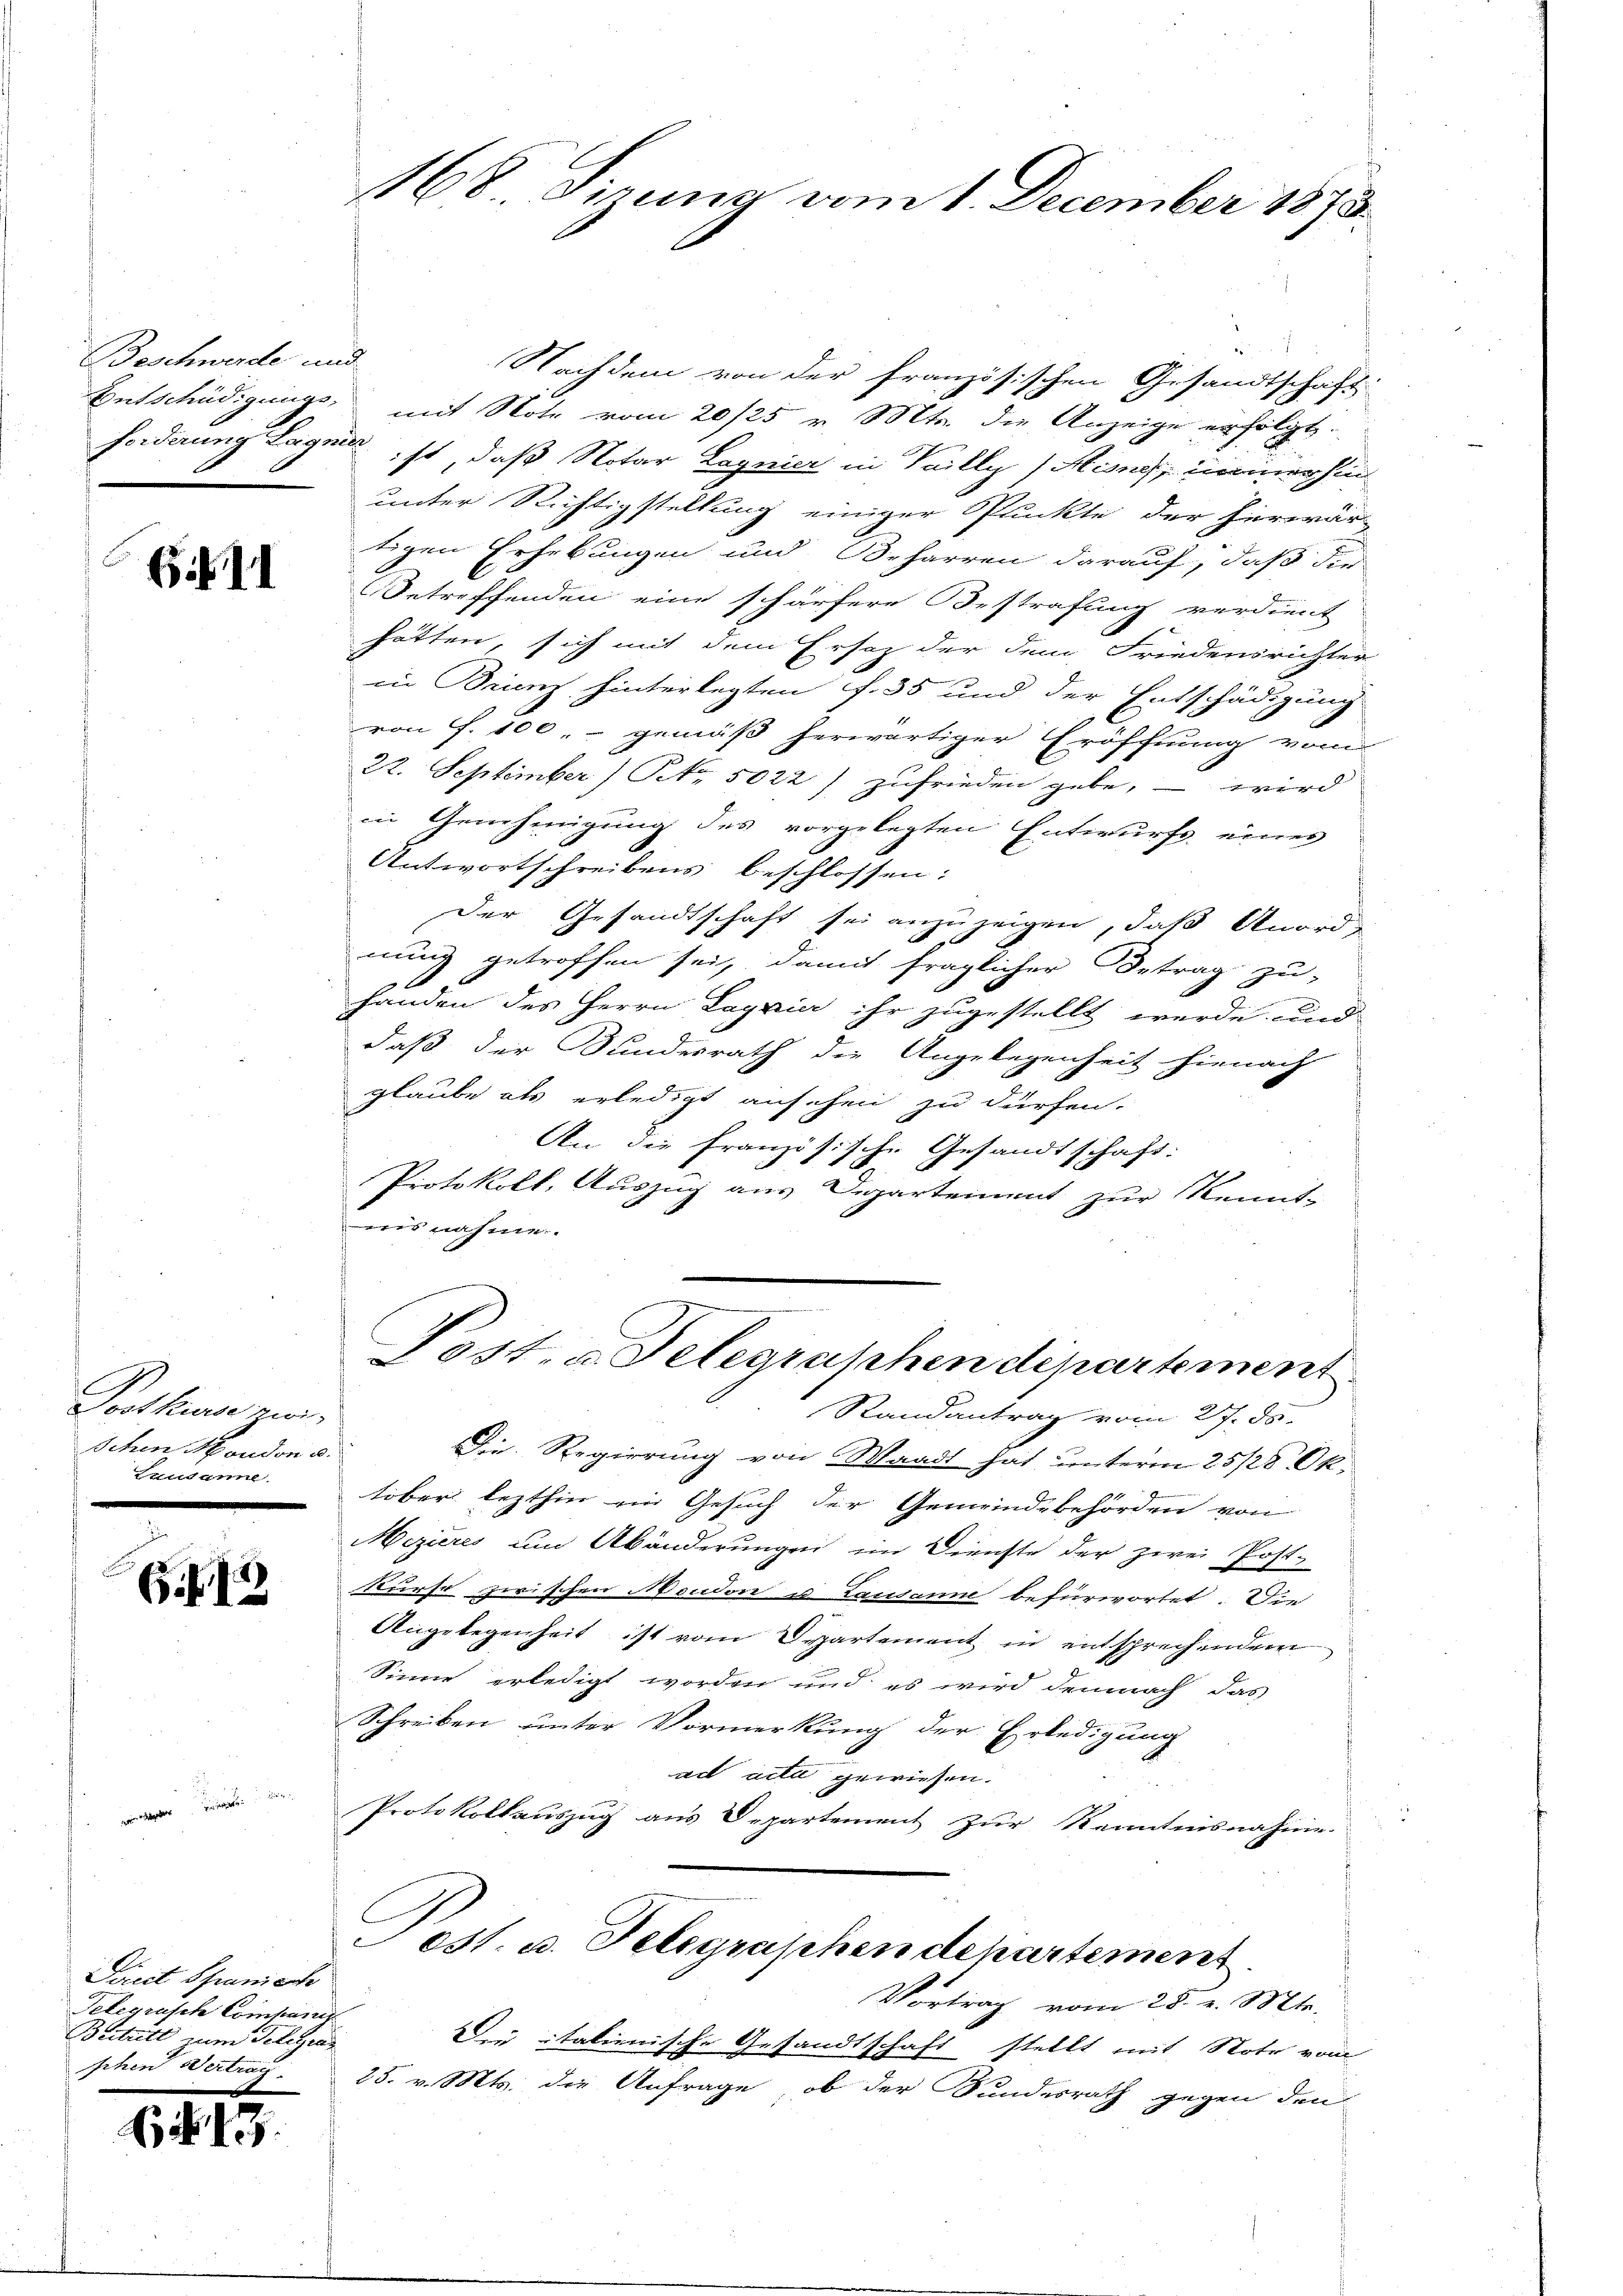
Beschwerde und

G.II

Posthier zwi
Schen Moudon u.
Luudame.
.

63

wegger eine an

Direct Spaniech
Telegrasche Companis
Beitritt zum Telegra
schen Vertrau

N. 13.

Nachdem von der französischen Gesandtschaft
Entschädigungs mit Note vom 20/25 v. Mts. die Anzeige erfolgt.
forderung Lage ist, daß Notar Lagnier in Vailly (Hises, immer hin
unter Richtigstellung einiger Pluckte der herwär-
tigen Erhebungen und Beharren darauf, daß die
Betreffenden eine schärfere Bestrafung verdient
hätten, sich mit dem Ersatz der dem Friedensrichter
in Brienz hinterlegten f. 35 und der Entschädigung
von f. 100, gemäß herwärtiger Eröffnung vom
22. September No. 5022) zufrieden gebe, – wird
in Genehmigung des vorgelegten Entwurfs eines
Antwortschreibens beschlossen:
Der Gesandtschaft sei anzuzeigen, daß Anordnung getroffen sei, damit fraglicher Betrag zu-
handen des Herrn Laggia ihr zugestellt werde und
daß der Bundesrath die Angelegenheit hienach
glaube als erledigt ansehen zu dürfen.
An die französische Gesandtschaft:
Protokoll, Auszug aus Departement zur Kennt-
ais nahme.
Post. a Gelegraphen département
Randantrag vom 27. ds.
Die Regierung von Waadt hat unterm 25/28 Ok
tober lezthin ein Gesuch der Gemeindebehörden von
Mezieres um Abänderungen im Dienste der zwei Post-
Nurst zwischen Neudon u Lausanne befürwortet. Die
Angelegenheit ist vom Departement in entsprechendem
Sinne erledigt worden und es wird demnach das
Schreiben unter Vormerkung der Erledigung
ad acte gewiesen.
Protokollauszug aus Departement zur Kenntnisnahme.
est. u. Telegraphendepartement.
Vortrag vom 28. v. Mts.
Die italienische Gesandtschaft stellt mit Note vom
25. v. Mts. die Anfrage, ob der Bundesrath gegen den

168 Firung vom 1. December 1873.

u